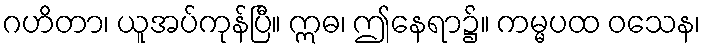
ဂဟိတာ၊ ယူအပ်ကုန်ပြီ။ ဣဓ၊ ဤနေရာ၌။ ကမ္မပထ ဝသေန၊